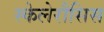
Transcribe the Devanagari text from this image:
स्केलेरौसिस